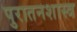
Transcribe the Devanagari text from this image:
पुरातनशास्त्र